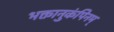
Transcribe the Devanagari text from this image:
भक्तानुकंपिनम्